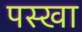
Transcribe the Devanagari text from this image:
पस्खा